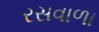
રસવાળા